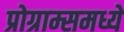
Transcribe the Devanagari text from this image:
प्रोग्राम्समध्ये